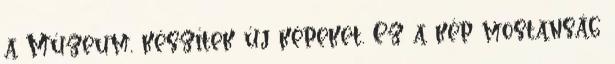
a Múzeum, készítek új képeket. Ez a kép mostanság